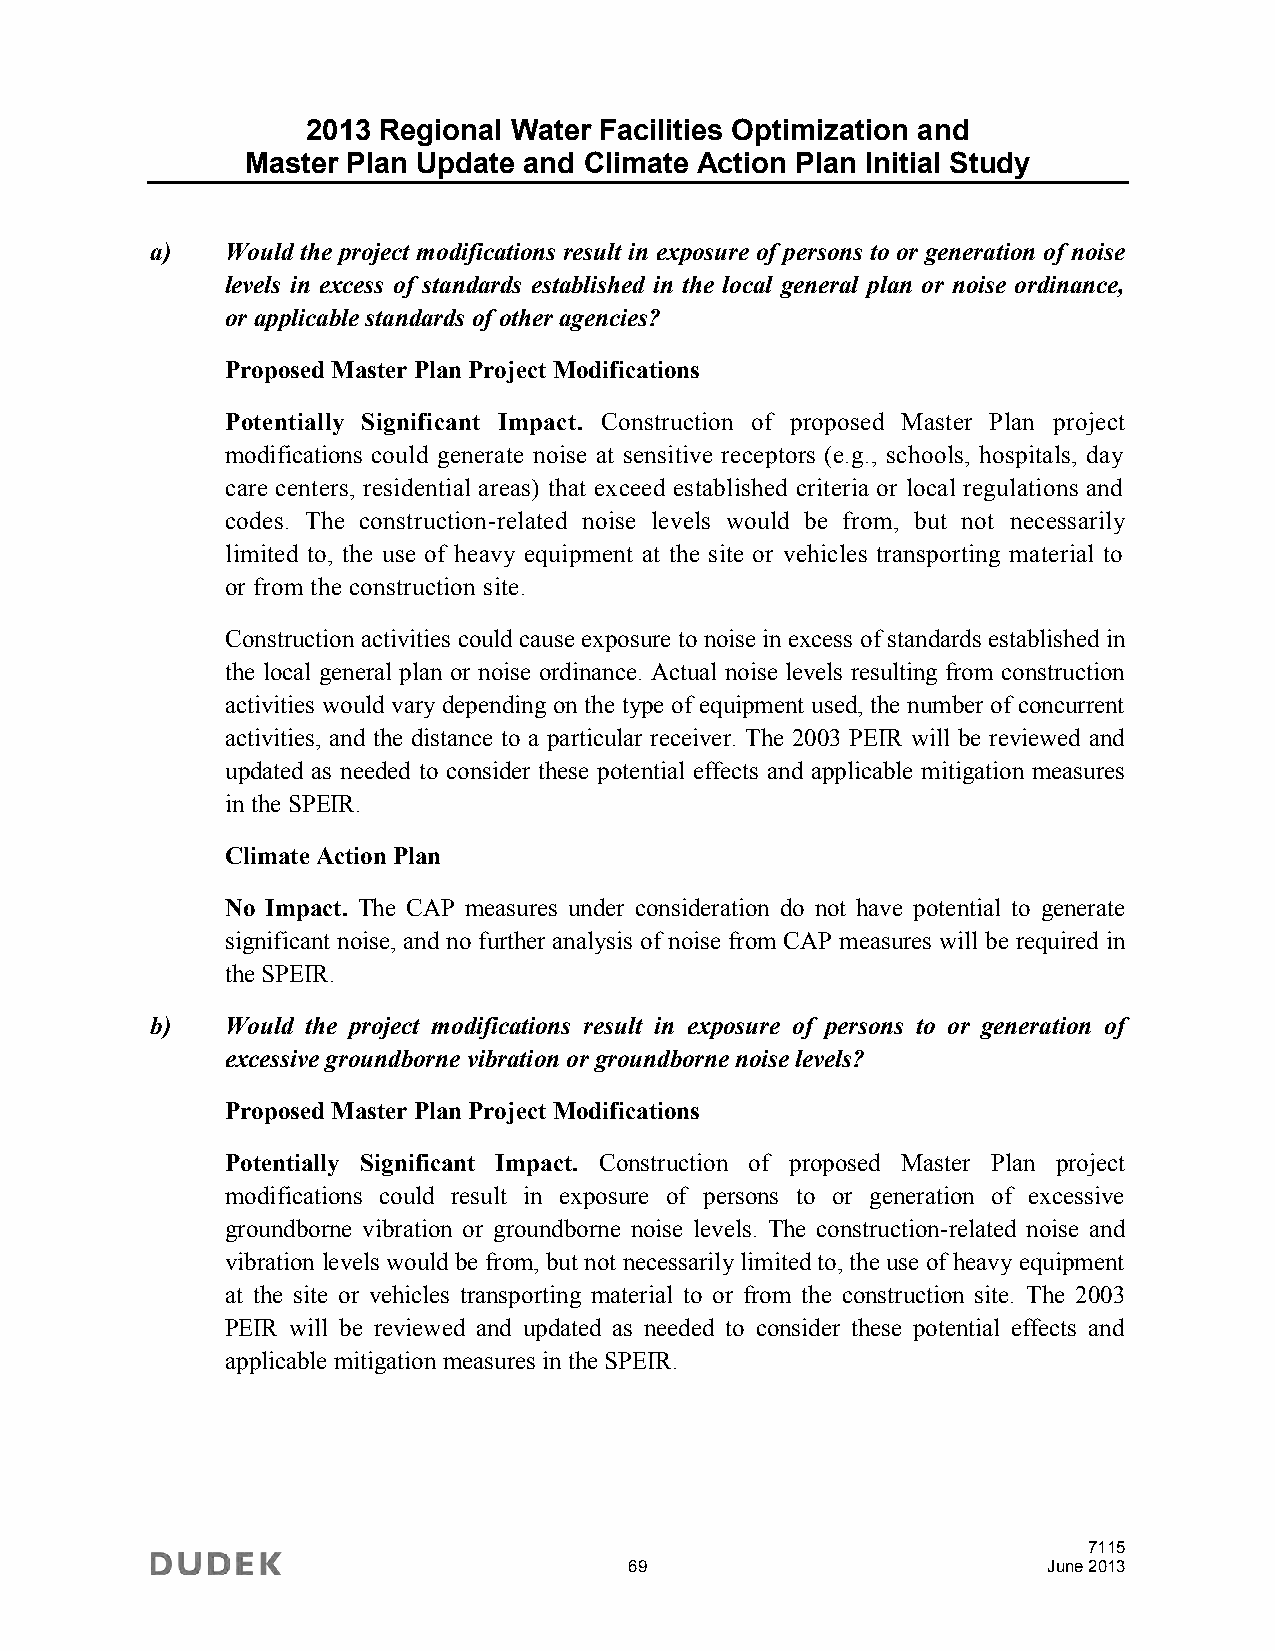
2013 Regional Water Facilities Optimization and
 Master Plan Update and Climate Action Plan Initial Study
 a)   Would the project modifications result in exposure of persons to or generation of noise
 levels in excess of standards established in the local general plan or noise ordinance,
 or applicable standards of other agencies?
 Proposed Master Plan Project Modifications
 Potentially Significant Impact. Construction of proposed Master Plan project
 modifications could generate noise at sensitive receptors (e.g., schools, hospitals, day
 care centers, residential areas) that exceed established criteria or local regulations and
 codes. The construction-related noise levels would be from, but not necessarily
 limited to, the use of heavy equipment at the site or vehicles transporting material to
 or from the construction site.
 Construction activities could cause exposure to noise in excess of standards established in
 the local general plan or noise ordinance. Actual noise levels resulting from construction
 activities would vary depending on the type of equipment used, the number of concurrent
 activities, and the distance to a particular receiver. The 2003 PEIR will be reviewed and
 updated as needed to consider these potential effects and applicable mitigation measures
 in the SPEIR.
 Climate Action Plan
 No Impact. The CAP measures under consideration do not have potential to generate
 significant noise, and no further analysis of noise from CAP measures will be required in
 the SPEIR.
 b)   Would the project modifications result in exposure of persons to or generation of
 excessive groundborne vibration or groundborne noise levels?
 Proposed Master Plan Project Modifications
 Potentially Significant Impact. Construction of proposed Master Plan project
 modifications could result in exposure of persons to or generation of excessive
 groundborne vibration or groundborne noise levels. The construction-related noise and
 vibration levels would be from, but not necessarily limited to, the use of heavy equipment
 at the site or vehicles transporting material to or from the construction site. The 2003
 PEIR will be reviewed and updated as needed to consider these potential effects and
 applicable mitigation measures in the SPEIR.
 7115
 69                         June 2013